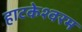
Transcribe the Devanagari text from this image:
हाटकेश्वरम